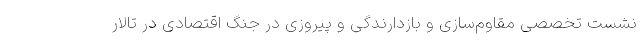
نشست تخصصی مقاوم‌سازی و بازدارندگی و پیروزی در جنگ اقتصادی در تالار